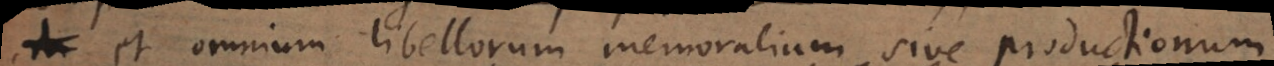
et omnium libellorum memoralium sive productionum